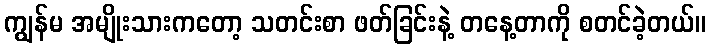
ကျွန်မ အမျိုးသားကတော့ သတင်းစာ ဖတ်ခြင်းနဲ့ တနေ့တာကို စတင်ခဲ့တယ်။